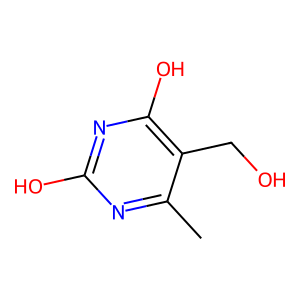
SMILES: Cc1nc(O)nc(O)c1CO
Inhibits HIV replication: No